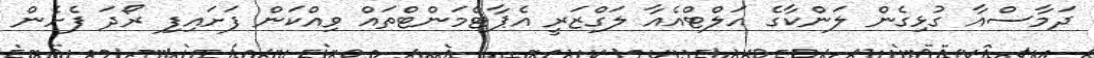
ދަމާސްއާ ގުޅިގެން ލަންކާގެ އަލްޓްއެއާ ލަގްޒަރީ އެޕާޓްމަންޓްތައް ވިއްކަން ފަށައިފި ރޯދަ ފެށެން